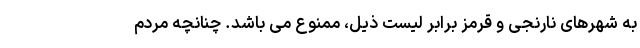
به شهرهای نارنجی و قرمز برابر لیست ذیل، ممنوع می باشد. چنانچه مردم